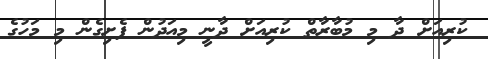
ކުރިއަށް ދާ މި މުބާރާތް ކުރިއަށް ދާނީ މިއަދުން ފެށިގެން މި މަހުގެ